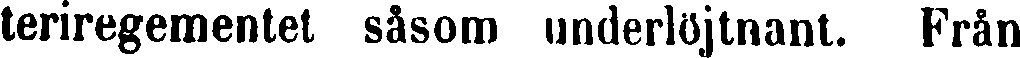
teriregementet såsom underlöjtnant. Från